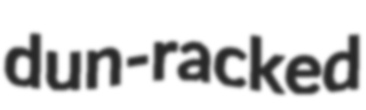
dun-racked